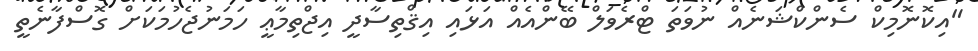
"އިކޮނޮމިކް ސެންކްޝަނެއް ނުވަތަ ޓްރެވަލް ބޭންއެއް އަޅައި އިޤްތިސާދީ އިޖްތިމާޢީ ހަމަނުޖެހުމަކަށް ގޮސްފާނެތީ